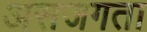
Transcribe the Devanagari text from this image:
असजगता